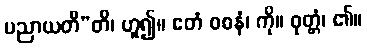
ပညာယတီ”တိ၊ ဟူ၍။ ဧတံ ဝစနံ၊ ကို။ ဝုတ္တံ၊ ၏။